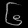
Digit: ၆